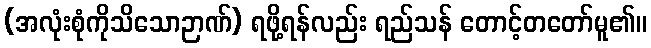
(အလုံးစုံကိုသိသောဉာဏ်) ရဖို့ရန်လည်း ရည်သန် တောင့်တတော်မူ၏။